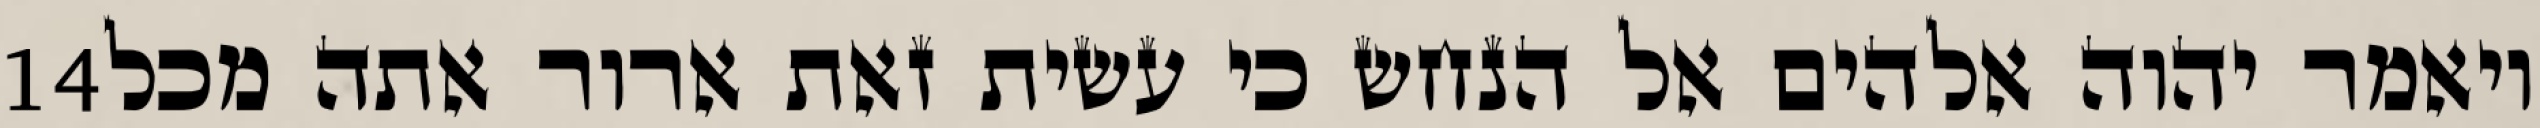
‎14‏ ויאמר יהוה אלהים אל הנחש כי עשית זאת ארור אתה מכל